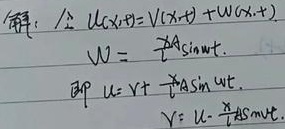
解：令 \(U(x,t)=V(x,t)+W(x,t)\)。
\(W = -A\sin\omega t\)，即 \(U = V - A\sin\omega t\)，\(V = U + A\sin\omega t\)。